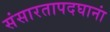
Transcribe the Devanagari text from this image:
संसारतापदघानां